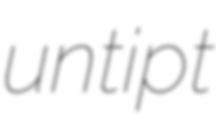
untipt